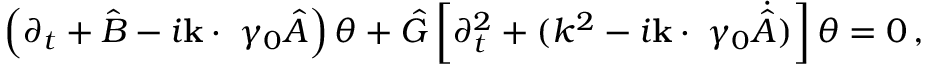
\left( \partial _ { t } + { \hat { B } } - i { \bf k \cdot \gamma } \gamma _ { 0 } { \hat { A } } \right) \theta + { \hat { G } } \left[ \partial _ { t } ^ { 2 } + ( k ^ { 2 } - i { \bf k \cdot \gamma } \gamma _ { 0 } \dot { \hat { A } } ) \right] \theta = 0 \, ,